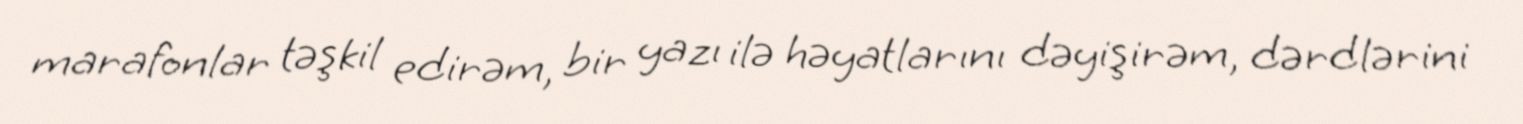
marafonlar təşkil edirəm, bir yazı ilə həyatlarını dəyişirəm, dərdlərini